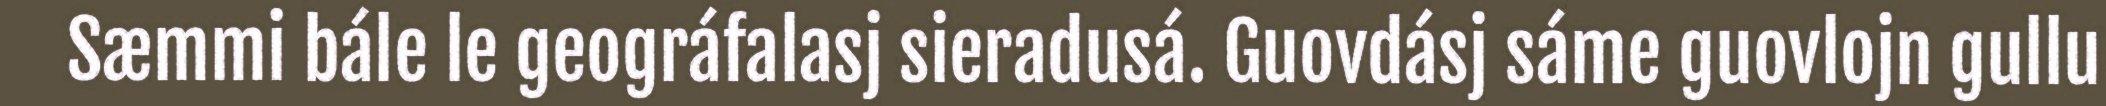
Sæmmi bále le geográfalasj sieradusá. Guovdásj sáme guovlojn gullu